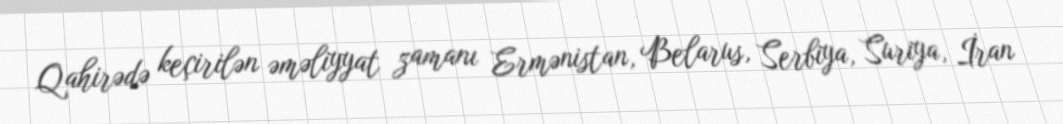
Qahirədə keçirilən əməliyyat zamanı Ermənistan, Belarus, Serbiya, Suriya, İran